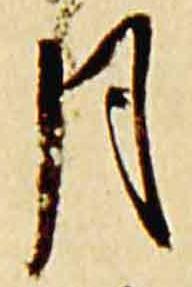
月